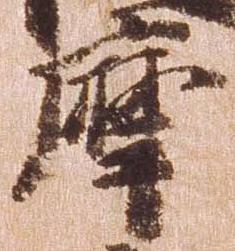
摩